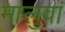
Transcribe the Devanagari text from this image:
मालुवां